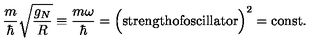
{ \frac { m } { \hbar } } \sqrt { \frac { g _ { N } } { R } } \equiv { \frac { m \omega } { \hbar } } = \Bigl ( \mathrm { s t r e n g t h o f o s c i l l a t o r } \Bigr ) ^ { 2 } = \mathrm { c o n s t } .